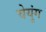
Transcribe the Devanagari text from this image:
चेयुंग